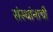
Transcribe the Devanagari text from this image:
संस्थांनाची